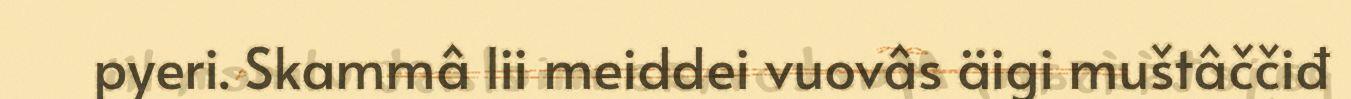
pyeri. Skammâ lii meiddei vuovâs äigi muštâččiđ